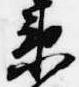
衛